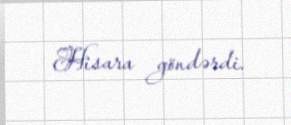
Hisara göndərdi.